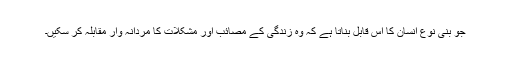
جو بنی نوع انسان کا اس قابل بناتا ہے کہ وہ زندگی کے مصائب اور مشکلات کا مردانہ وار مقابلہ کر سکیں۔